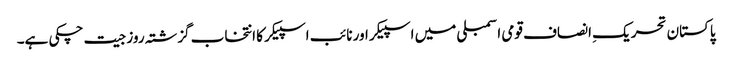
پاکستان تحریکِ انصاف قومی اسمبلی میں اسپیکر اور نائب اسپیکر کا انتخاب گزشتہ روز جیت چکی ہے۔